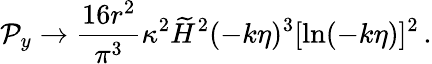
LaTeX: {\cal P}_{y}\to{\frac{16r^{2}}{\pi^{3}}}\kappa^{2}\widetilde{H}^{2}(-k\eta)^{3}[\ln(-k\eta)]^{2}\, .